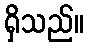
ရှိသည်။